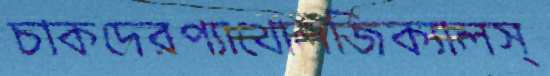
চাকদেরপ্যাথোলজিক্যালস্